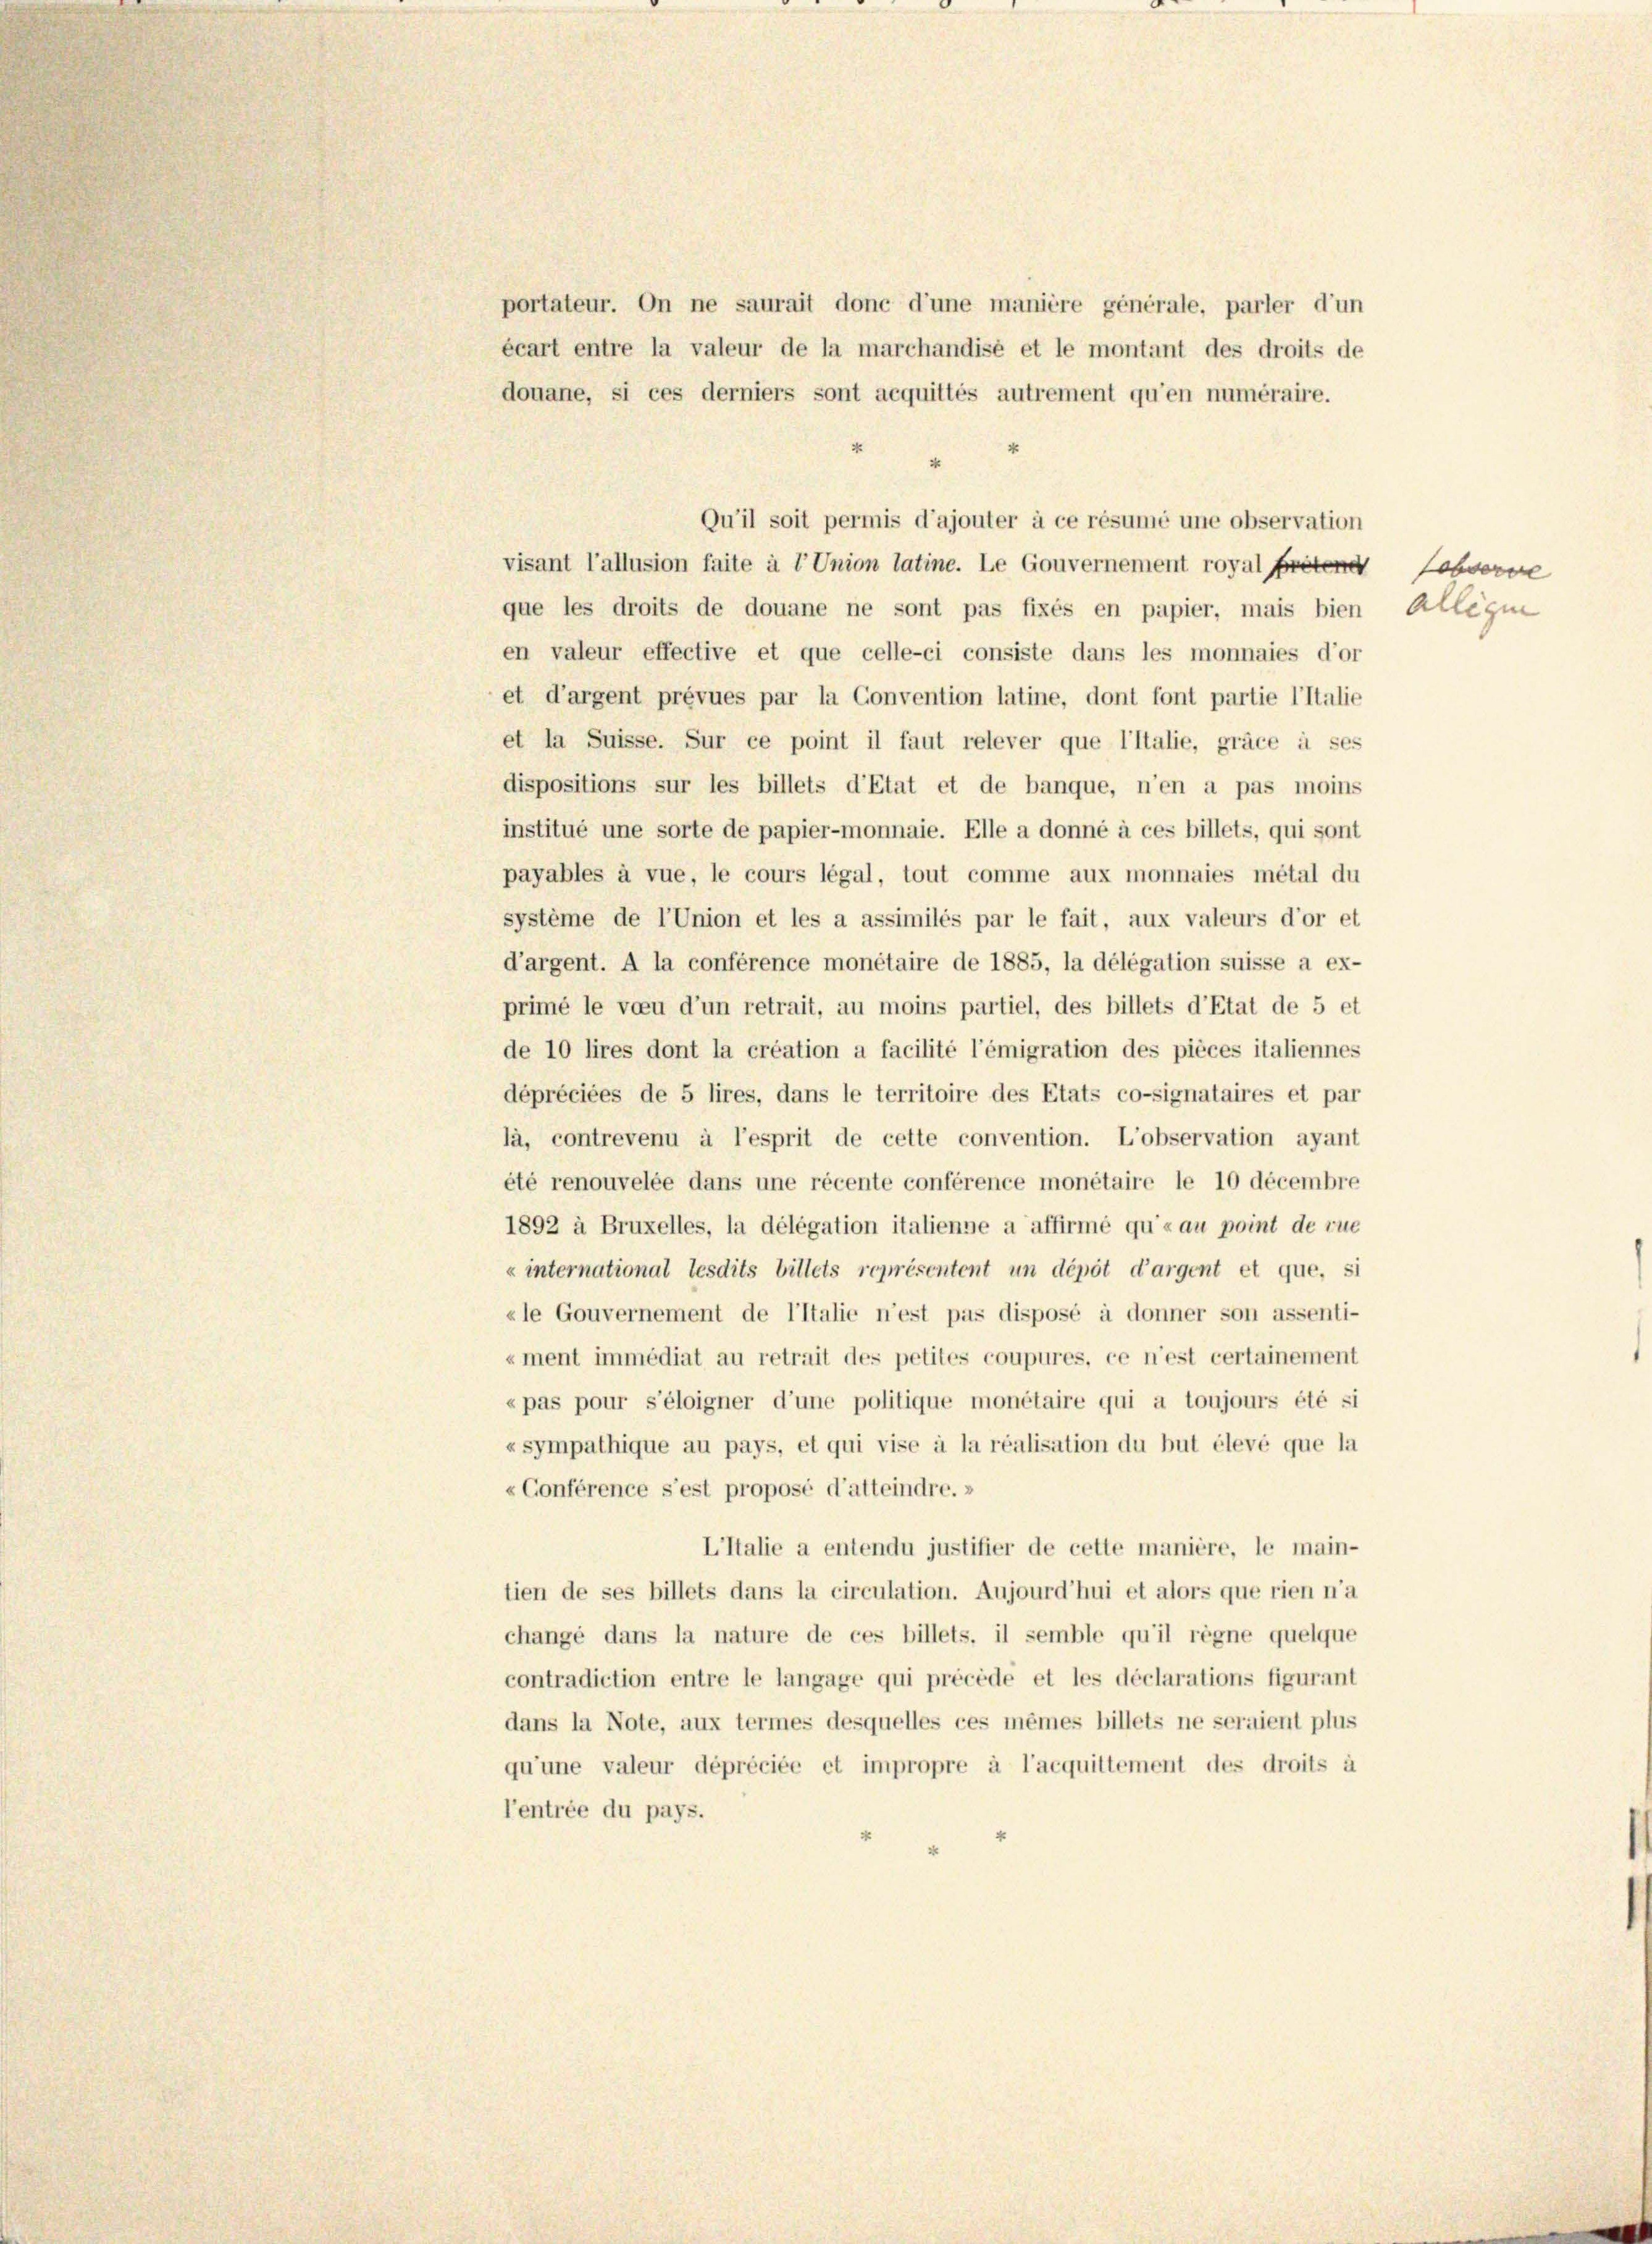
portateur. On ne saurait donc d’une manière générale, parier d’un
écart entre la valeur de la marchandise et le montant des droits de
douane, si ces derniers sont acquittés autrement qu’en numéraire.
4
4
Qu’il soit permis d’ajouter à ce résumé une observation
visant l’allusion faite à l’Union latine. Le Gouvernement royal Pretene
que les droits de douane ne sont pas fixés en papier, mais bien
en valeur effective et que celle-ci consiste dans les monnaies d’or
et d’argent prévues par la Convention latine, dont font partie l’Italie
et la Suisse. Sur ce point il faut relever que l’Italie, gräce à ses
dispositions sur les billets d’Etat et de banque, n’en a pas moins
institué une sorte de papier-monnaie. Elle a donné à ces billets, qui sont
payables à vue, le cours légal, tout comme aux monnaies métal du
système de l’Union et les a assimilés par le fait, aux valeurs d’or et
d’argent. A la conférence monétaire de 1885, la délégation suisse a ex-
primé le voeu d’un retrait, au moins partiel, des billets d’Etat de 5 et
de 10 lires dont la création a facilité l’émigration des pièces italiennes
dépréciées de 5 lires, dans le territoire des Etats co-signataires et par
là, contrevenu à l’esprit de cette convention. L’observation ayant
été renouvelée dans une récente conférence monétaire le 10 décembre
1892 à Bruxelles, la délégation italienne a affirmé qu’« au point de rue
« international tesdits billets représentent un dépôt d’argent et que, si
zle Gouvernement de l’Italie n’est pas disposé à donner son assenti-
«ment immédiat au retrait des petites coupures, ce n’est certainement
«pas pour s’éloigner d’une politique monétaire qui a toujours été si
« sympathique au pays, et qui vise à la réalisation du but élevé que la
«Conférence s’est proposé d’atteindre.»
L’Italie a entendu justifier de cette manière, le main-
tien de ses billets dans la circulation. Aujourd’hui et alors que rien n’a
change dans la nature de ces billets, il semble qu’il regne quelque
contradiction entre le langage qui précède et les déclarations figurant
dans la Note, aux termes desquelles ces mêmes billets ne seraient plus
qu’une valeur dépréciée et impropre à l’acquittement des droits à
l’entrée du pays.

Fobserve
allegi